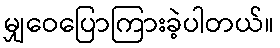
မျှဝေပြောကြားခဲ့ပါတယ်။